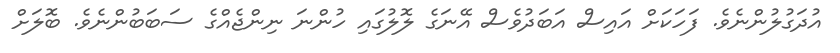
އުދަގުލުންނެވެ. ފަހަކަށް އައިސް އަބަދުވެސް އޭނަގެ ލޮލުގައި ހުންނަ ނިންޖެއްގެ ސަބަބުންނެވެ. ބޮލަށް